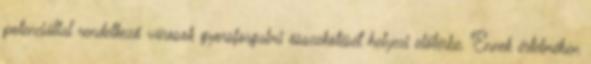
potenciállal rendelkező városok gyorsforgalmi összekötését helyezi előtérbe. Ennek értelmében